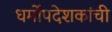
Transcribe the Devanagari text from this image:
धर्मोपदेशकांची